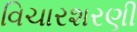
વિચારશરણી